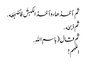
ثم أخذها ، وأخذ الکبشَ فأضجَعَه .
ثم ذبحَه .
ثم قال ( باسمِ اللهِ .
اللهم !